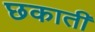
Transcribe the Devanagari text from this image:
छकाती